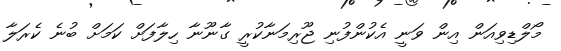
މޯލްޑިވިއަން އިން ވަނީ އެކުންފުނި ޖޫރިމަނާކުރީ ގާނޫނާ ހިލާފަށް ކަމަށް ބުނެ ކެރަލާ